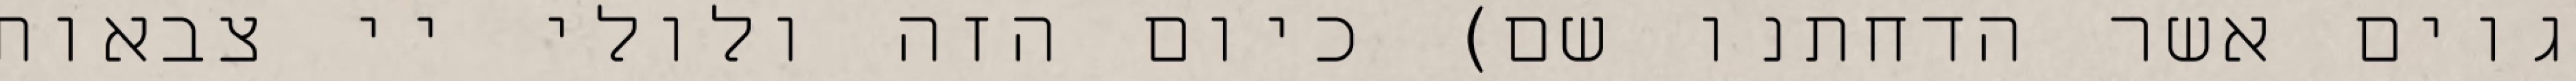
גוים אשר הדחתנו שם) כיום הזה ולולי יי צבאות